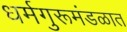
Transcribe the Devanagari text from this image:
धर्मगुरूमंडळात